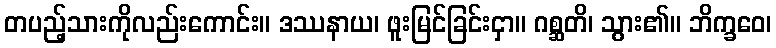
တပည့်သားကိုလည်းကောင်း။ ဒဿနာယ၊ ဖူးမြင်ခြင်းငှာ။ ဂစ္ဆတိ၊ သွား၏။ ဘိက္ခဝေ၊